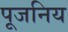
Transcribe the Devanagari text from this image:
पूजनिय